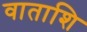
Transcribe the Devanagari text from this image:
वाताशि